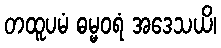
တထူပမံ ဓမ္မဝရံ အဒေသယိ၊